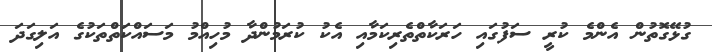
ގުޅޭގޮތުން އެންމެ ކުރީ ސަފުގައި ހަރަކާތްތެރިކަމާއި އެކު ކުރަމުންދާ މުހިއްމު މަސައްކަތްތަކުގެ އަލިގަދަ